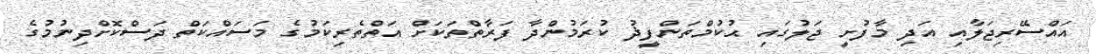
އައްސޭރިޖަލާއި އަދި މާފުށީ ޖަލުގައި ޙުކުމްތަންފީޛު ކުރަމުންދާ ފަރާތްތަކަށް އަތްތެރިކަމުގެ މަސައްކަތް ދަސްކޮށްދިނުމުގެ